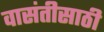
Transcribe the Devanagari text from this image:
वासंतीसाठी